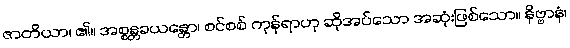
ဇာတိယာ၊ ၏။ အစ္စန္တခယန္တော၊ စင်စစ် ကုန်ရာဟု ဆိုအပ်သော အဆုံးဖြစ်သော။ နိဗ္ဗာနံ၊